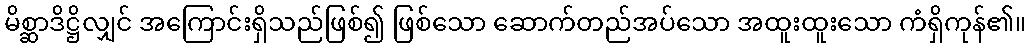
မိစ္ဆာဒိဋ္ဌိလျှင် အကြောင်းရှိသည်ဖြစ်၍ ဖြစ်သော ဆောက်တည်အပ်သော အထူးထူးသော ကံရှိကုန်၏။